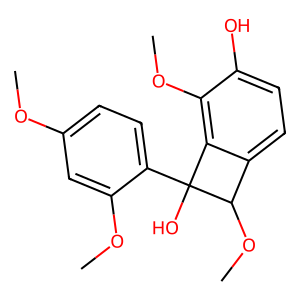
SMILES: COc1ccc(C2(O)c3c(ccc(O)c3OC)C2OC)c(OC)c1
Inhibits HIV replication: No